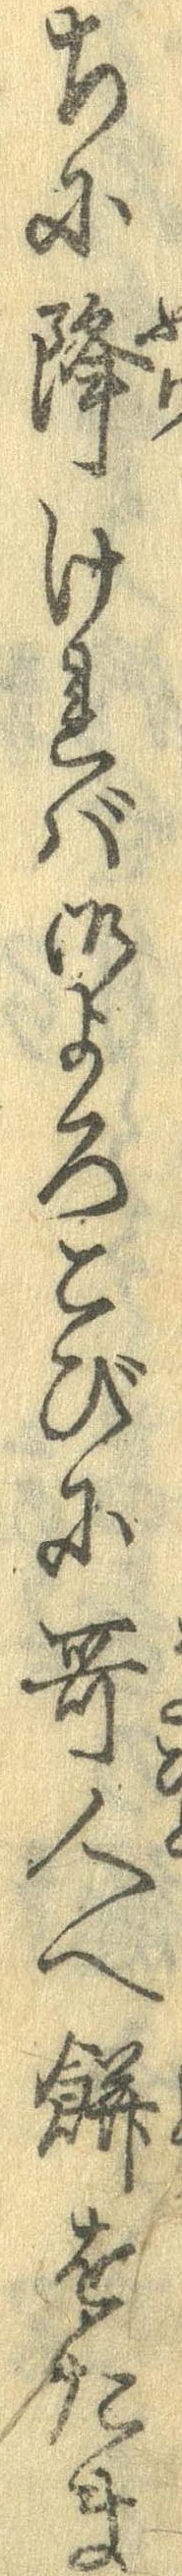
ちに降ければ御よろこびに歌人へ餅をたま